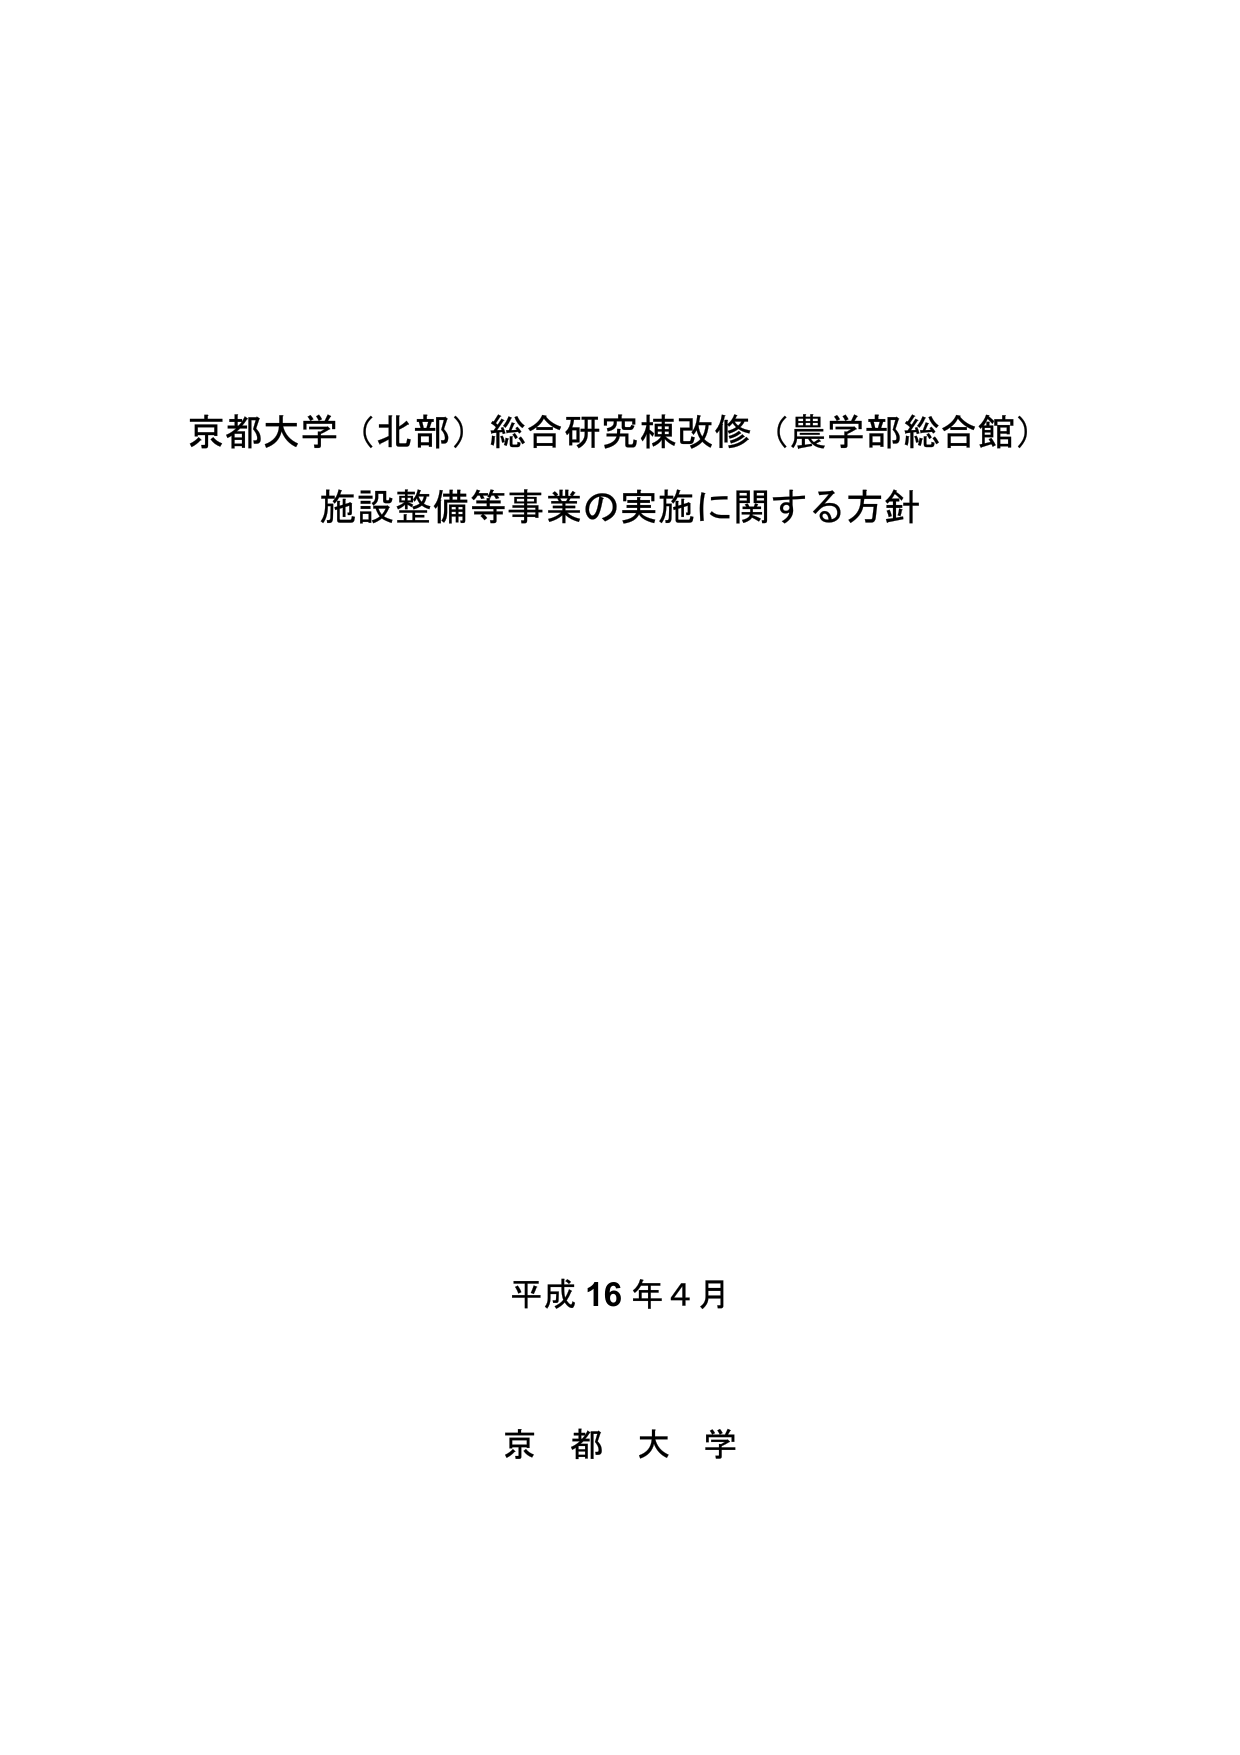
京都大学（北部）総合研究棟改修（農学部総合館）
施設整備等事業の実施に関する方針

平成16年4月
京都大学